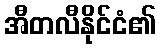
အီတလီနိုင်ငံ၏